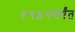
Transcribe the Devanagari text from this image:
१९४९पर्यंत